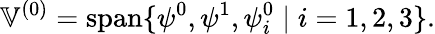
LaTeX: \mathbb{V}^{(0)}=\operatorname{span}\{ \psi^{0},\psi^{1},\psi_{i}^{0}\mid i=1,2,3\} .